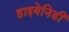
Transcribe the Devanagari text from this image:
हाइयेनिडी